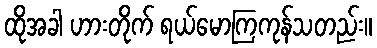
ထိုအခါ ဟားတိုက် ရယ်မောကြကုန်သတည်း။